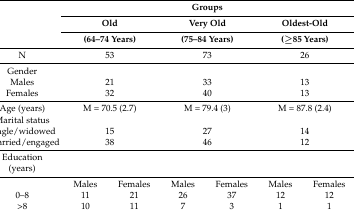
<table><thead><tr><td rowspan="3"></td><td colspan="2"></td><td colspan="2"><b>Groups</b></td><td colspan="2"></td></tr><tr><td colspan="2"><b>Old</b></td><td colspan="2"><b>Very Old</b></td><td colspan="2"><b>Oldest-Old</b></td></tr><tr><td colspan="2"><b>(64–74 Years)</b></td><td colspan="2"><b>(75–84 Years)</b></td><td colspan="2"><b>(≥85 Years)</b></td></tr></thead><tbody><tr><td>N</td><td colspan="2">53</td><td colspan="2">73</td><td colspan="2">26</td></tr><tr><td>Gender </td><td colspan="2"></td><td colspan="2"></td><td colspan="2"></td></tr><tr><td>Males </td><td colspan="2">21</td><td colspan="2">33</td><td colspan="2">13</td></tr><tr><td>Females</td><td colspan="2">32</td><td colspan="2">40</td><td colspan="2">13</td></tr><tr><td>Age (years)</td><td colspan="2">M = 70.5 (2.7)</td><td colspan="2">M = 79.4 (3)</td><td colspan="2">M = 87.8 (2.4)</td></tr><tr><td>Marital status</td><td colspan="2"></td><td colspan="2"></td><td colspan="2"></td></tr><tr><td>Single/widowed</td><td colspan="2">15</td><td colspan="2">27</td><td colspan="2">14</td></tr><tr><td>Married/engaged</td><td colspan="2">38</td><td colspan="2">46</td><td colspan="2">12</td></tr><tr><td>Education (years)</td><td colspan="2"></td><td colspan="2"></td><td colspan="2"></td></tr><tr><td></td><td>Males</td><td>Females</td><td>Males</td><td>Females</td><td>Males</td><td>Females</td></tr><tr><td>0–8</td><td>11</td><td>21</td><td>26</td><td>37</td><td>12</td><td>12</td></tr><tr><td>&gt;8 </td><td>10</td><td>11</td><td>7</td><td>3</td><td>1</td><td>1</td></tr></tbody></table>